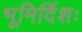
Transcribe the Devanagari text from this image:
भूमिर्दिशः